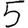
Digit: 5